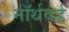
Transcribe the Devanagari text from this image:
नॉर्थवर्ड